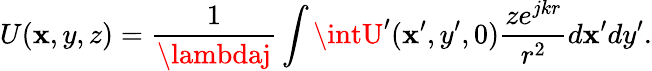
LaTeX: U(\mathbf{x},y,z)=\frac{{1}}{{\lambdaj}}\int\intU^{\prime}(\mathbf{x}^{\prime},y^{\prime},0)\frac{{ze^{jkr}}}{{r^{2}}}d\mathbf{x}^{\prime}dy^{\prime}.